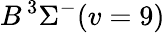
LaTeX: B\, {}^{3}\Sigma^{-}(v=9)